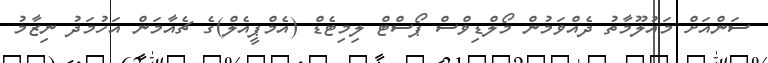
ސަންއަށް މައުލޫމާތު ދެއްވަމުން މޯލްޑިވްސް ޕޯސްޓް ލިމިޓެޑް (އެމްޕީއެލް)ގެ ޗެއާމަން އަހުމަދު ނިޒާމު